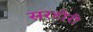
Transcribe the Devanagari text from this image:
सरटोरी